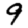
Digit: 9